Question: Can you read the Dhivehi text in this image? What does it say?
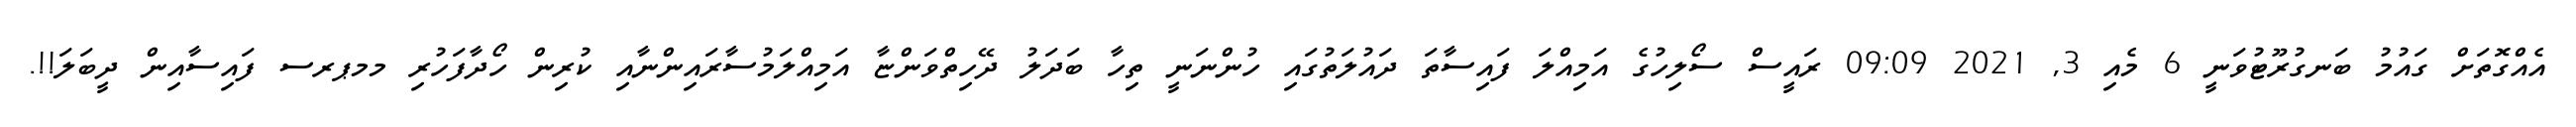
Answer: އެއްގޮތަށް ގައުމު ބަނގުރޫޓުވަނީ 6 މެއި 3, 2021 09:09 ރައީސް ސޯލިހުގެ އަމިއްލަ ފައިސާތަ ދައުލަތުގައި ހުންނަނީ ތިހާ ބަދަލު ދޭހިތްވަންޏާ އަމިއްލަމުސާރައިންނާއި ކުރިން ހޯދާފަހުރި މމޕރސ ފައިސާއިން ދީބަލަ!!.